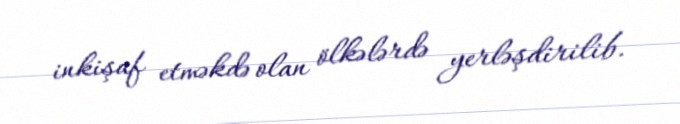
inkişaf etməkdə olan ölkələrdə yerləşdirilib.